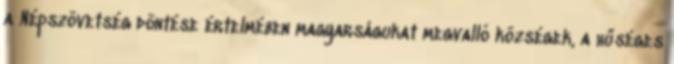
a Népszövetség döntése értelmében magyarságukat megvalló községek, a hűséges